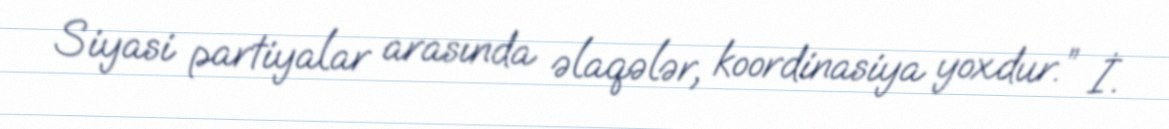
Siyasi partiyalar arasında əlaqələr, koordinasiya yoxdur.” İ.